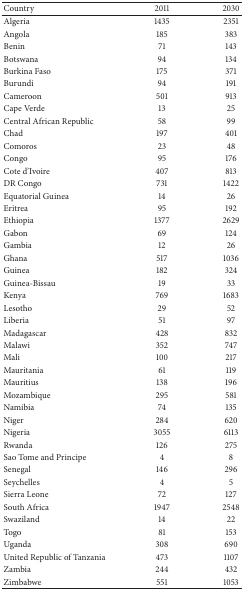
<table><thead><tr><td><b>Country</b></td><td><b>2011</b></td><td><b>2030</b></td></tr></thead><tbody><tr><td> Algeria</td><td>1435</td><td>2351</td></tr><tr><td>Angola </td><td>185</td><td>383</td></tr><tr><td>Benin</td><td>71</td><td>143</td></tr><tr><td>Botswana</td><td>94</td><td>134</td></tr><tr><td>Burkina Faso </td><td>175</td><td>371</td></tr><tr><td>Burundi</td><td>94</td><td>191</td></tr><tr><td>Cameroon</td><td>501</td><td>913</td></tr><tr><td>Cape Verde </td><td>13</td><td>25</td></tr><tr><td>Central African Republic </td><td>58</td><td>99</td></tr><tr><td>Chad</td><td>197</td><td>401</td></tr><tr><td>Comoros </td><td>23</td><td>48</td></tr><tr><td>Congo</td><td>95</td><td>176</td></tr><tr><td>Cote d&#x27;Ivoire</td><td>407</td><td>813</td></tr><tr><td>DR Congo </td><td>731</td><td>1422</td></tr><tr><td>Equatorial Guinea</td><td>14</td><td>26</td></tr><tr><td>Eritrea</td><td>95</td><td>192</td></tr><tr><td>Ethiopia </td><td>1377</td><td>2629</td></tr><tr><td>Gabon</td><td>69</td><td>124</td></tr><tr><td>Gambia</td><td>12</td><td>26</td></tr><tr><td>Ghana</td><td>517</td><td>1036</td></tr><tr><td>Guinea</td><td>182</td><td>324</td></tr><tr><td>Guinea-Bissau </td><td>19</td><td>33</td></tr><tr><td>Kenya</td><td>769</td><td>1683</td></tr><tr><td>Lesotho</td><td>29</td><td>52</td></tr><tr><td>Liberia</td><td>51</td><td>97</td></tr><tr><td>Madagascar</td><td>428</td><td>832</td></tr><tr><td>Malawi</td><td>352</td><td>747</td></tr><tr><td>Mali</td><td>100</td><td>217</td></tr><tr><td>Mauritania</td><td>61</td><td>119</td></tr><tr><td>Mauritius</td><td>138</td><td>196</td></tr><tr><td>Mozambique</td><td>295</td><td>581</td></tr><tr><td>Namibia</td><td>74</td><td>135</td></tr><tr><td>Niger</td><td>284</td><td>620</td></tr><tr><td>Nigeria</td><td>3055</td><td>6113</td></tr><tr><td>Rwanda </td><td>126</td><td>275</td></tr><tr><td>Sao Tome and Principe </td><td>4</td><td>8</td></tr><tr><td>Senegal </td><td>146</td><td>296</td></tr><tr><td>Seychelles </td><td>4</td><td>5</td></tr><tr><td>Sierra Leone </td><td>72</td><td>127</td></tr><tr><td>South Africa </td><td>1947</td><td>2548</td></tr><tr><td>Swaziland </td><td>14</td><td>22</td></tr><tr><td>Togo </td><td>81</td><td>153</td></tr><tr><td>Uganda </td><td>308</td><td>690</td></tr><tr><td>United Republic of Tanzania </td><td>473</td><td>1107</td></tr><tr><td>Zambia</td><td>244</td><td>432</td></tr><tr><td>Zimbabwe</td><td>551</td><td>1053</td></tr></tbody></table>